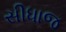
સીધાજ